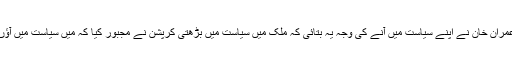
عمران خان نے اپنے سیاست میں آنے کی وجہ یہ بتائی کہ ملک میں سیاست میں بڑھتی کرپشن نے مجبور کیا کہ میں سیاست میں آؤں۔